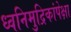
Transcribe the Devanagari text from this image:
ध्वनिमुद्रिकांपेक्षा